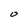
Character: O